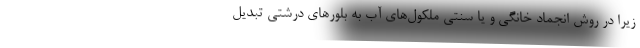
زیرا در روش انجماد خانگی و یا سنتی ملکول‌های آب به بلورهای درشتی تبدیل